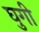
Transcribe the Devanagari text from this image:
घुगी